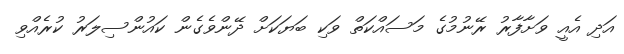
އަދި އެއީ ވަށާފާރު ރޭނުމުގެ މަސައްކަތް ވަކި ބަޔަކަށް ދޭންވެގެން ކައުންސިލަރު ކުރެއްވި